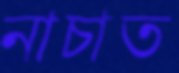
নাচাত